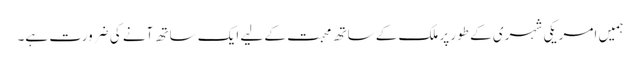
ہمیں امریکی شہری کے طور پر ملک کے ساتھ محبت کے لیے ایک ساتھ آنے کی ضرورت ہے۔